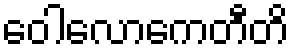
ဝေါလောကေတီတိ